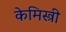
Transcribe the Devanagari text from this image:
केमिस्त्री